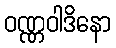
ဝဏ္ဏဝါဒိနော